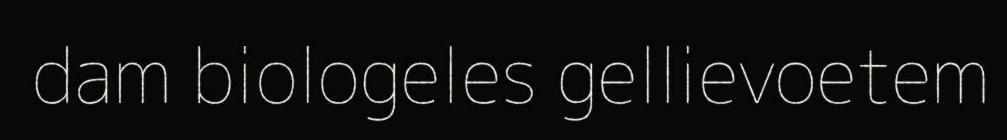
dam biologeles gellievoetem